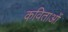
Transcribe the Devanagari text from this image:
कविताओंं